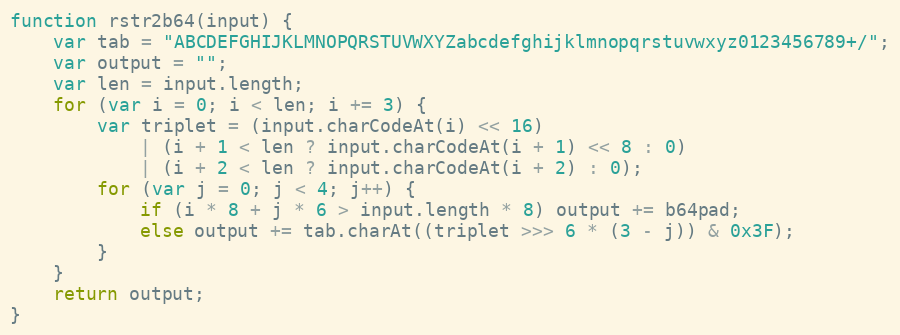
Language: JavaScript
function rstr2b64(input) {
    var tab = "ABCDEFGHIJKLMNOPQRSTUVWXYZabcdefghijklmnopqrstuvwxyz0123456789+/";
    var output = "";
    var len = input.length;
    for (var i = 0; i < len; i += 3) {
        var triplet = (input.charCodeAt(i) << 16)
            | (i + 1 < len ? input.charCodeAt(i + 1) << 8 : 0)
            | (i + 2 < len ? input.charCodeAt(i + 2) : 0);
        for (var j = 0; j < 4; j++) {
            if (i * 8 + j * 6 > input.length * 8) output += b64pad;
            else output += tab.charAt((triplet >>> 6 * (3 - j)) & 0x3F);
        }
    }
    return output;
}